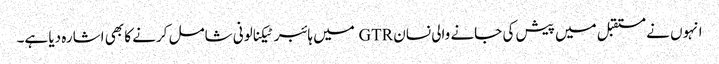
انہوں نے مستقبل میں پیش کی جانے والی نسان GTR میں ہائبر ٹیکنالونی شامل کرنے کا بھی اشارہ دیا ہے۔